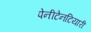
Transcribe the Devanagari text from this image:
पेनीटेनटियारी